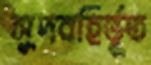
সুদবহির্ভূত